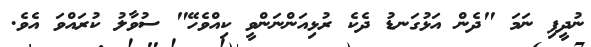
ނުދީފި ނަމަ "ދެން އަޅުގަނޑު ދެކެ ރުޅިއަންނަންވީ ކިއްވެހޭ" ސުވާލު ކުރައްވަ އެވެ.